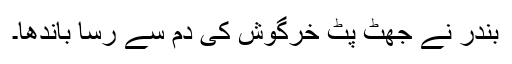
بندر نے جھٹ پٹ خرگوش کی دُم سے رسّا باندھا۔